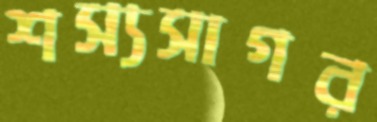
শস্যসাগর